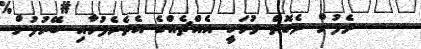
ދެފުށް ދެގޮތް ވުމަކީ އެއްޗެއްގެ އެތެރެފުށާއި ބޭރުފުށް